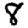
Digit: 8